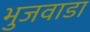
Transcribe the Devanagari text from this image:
भुजवाडा